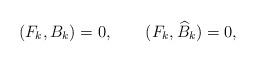
LaTeX: \begin{align*}(F_k,B_k)=0, \qquad (F_k,\widehat{B}_k)=0,\end{align*}